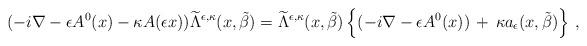
LaTeX: \begin{align*}(-i\nabla-\epsilon A^0(x)-\kappa A(\epsilon x))\widetilde{\Lambda}^{\epsilon,\kappa}(x,\tilde{\beta})=\widetilde{\Lambda}^{\epsilon,\kappa}(x,\tilde{\beta})\left\{(-i\nabla-\epsilon A^0(x))\,+\,\kappa a_\epsilon(x,\tilde{\beta})\right\}\,,\end{align*}